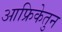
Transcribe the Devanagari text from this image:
आफ्रिकेतुन